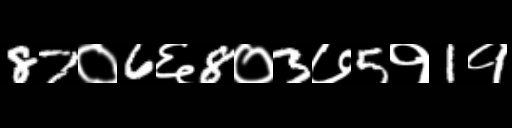
Text: 87०6६8०3७5१1१